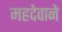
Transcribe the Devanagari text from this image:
महदेवाने